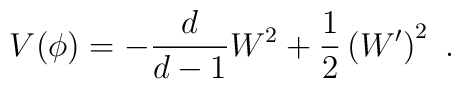
V(\phi) = -\frac{d}{d-1} W^2 +\frac12 \left(W'\right)^2~.